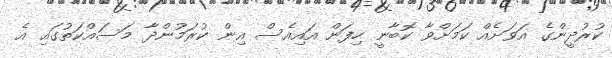
ކުރުދީންގެ އަވަށެއް ކަމަށްވާ ކޮބާނީ ހިފަން އައިއެސް އިން ކުރަމުންދާ މަސައްކަތުގައި އެ